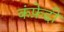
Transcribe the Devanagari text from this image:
कंफ़ेद्दी